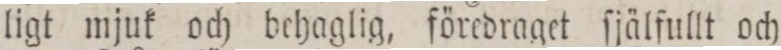
ligt mjuk och behaglig, föredraget ſjälfullt och